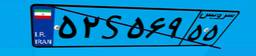
۵۲S۵۶۹۵۵